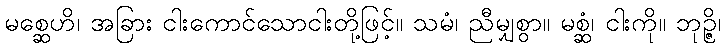
မစ္ဆေဟိ၊ အခြား ငါးကောင်သောငါးတို့ဖြင့်။ သမံ၊ ညီမျှစွာ။ မစ္ဆံ၊ ငါးကို။ ဘုဉ္ဇိ၊